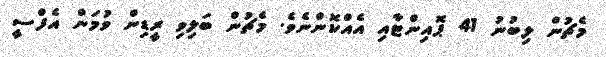
މެޗުން ލިބުނު 41 ޕޮއިންޓާއި އެއްކޮންނެވެ. މެޗުން ބަލިވި ރީޑިން ވުމަން އެފްސީ